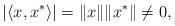
LaTeX: \begin{align*}|\langle x,x^*\rangle|=\|x\|\|x^*\|\neq 0,\end{align*}